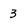
Character: 3